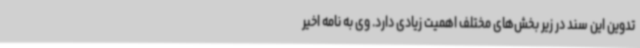
تدوین این سند در زیر بخش‌های مختلف اهمیت زیادی دارد. وی به نامه اخیر